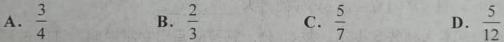
A. $\frac{3}{4}$
B. $\frac{2}{3}$
C. $\frac{5}{7}$
D. $\frac{5}{12}$